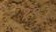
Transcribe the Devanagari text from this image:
१९।